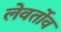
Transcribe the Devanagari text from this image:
लेवर्तोव